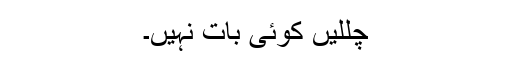
چللیں کوئی بات نہیں۔